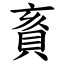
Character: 賌